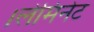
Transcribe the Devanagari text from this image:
।लेमिनेट